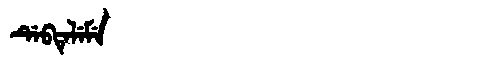
Manchu: ᡩᡝᠪᡨᡝᠯᡝᠮᡝ
Romanization: DEBTELEME